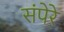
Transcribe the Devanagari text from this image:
संपेरे